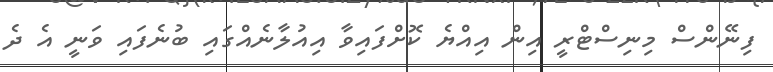
ފިނޭންސް މިނިސްޓްރީ އިން އިއްޔެ ކޮށްފައިވާ އިއުލާނެއްގައި ބުނެފައި ވަނީ އެ ދެ